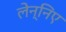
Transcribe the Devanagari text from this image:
लेन्निए